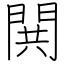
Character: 閧